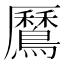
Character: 𪅼